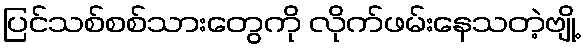
ပြင်သစ်စစ်သားတွေကို လိုက်ဖမ်းနေသတဲ့ဗျို့